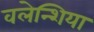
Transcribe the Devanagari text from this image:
वलेन्शिया